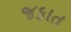
જકાત